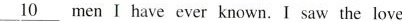
\underline{10} men I have ever known. I saw the love